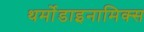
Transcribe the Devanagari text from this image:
थर्मोडाइनामिक्स